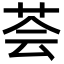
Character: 荟